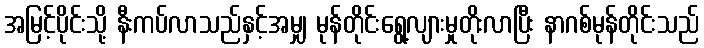
အမြင့်ပိုင်းသို့ နီးကပ်လာသည်နှင့်အမျှ မုန်တိုင်းရွေ့လျားမှုတိုးလာပြီး နာဂစ်မုန်တိုင်းသည်